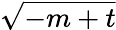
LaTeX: \sqrt{-m+t}